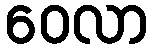
ဝေလာ